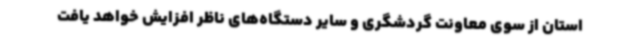
استان از سوی معاونت گردشگری و سایر دستگاه‌های ناظر افزایش خواهد یافت